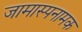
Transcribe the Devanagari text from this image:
जामास्पनामक